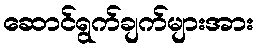
ဆောင်ရွက်ချက်များအား